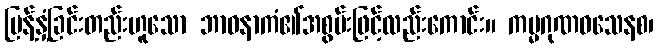
ပြန့်နှံ့ခြင်းတည်းဟူသော ဘာဝနာကံ၏အစွမ်းဖြင့်လည်းကောင်း။ ကမ္မဂုဏဝသေနစ၊